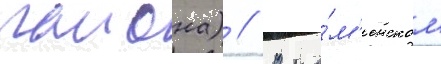
раиона) // В ка́м'енском